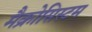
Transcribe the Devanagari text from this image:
मैक्रोसिस्टम